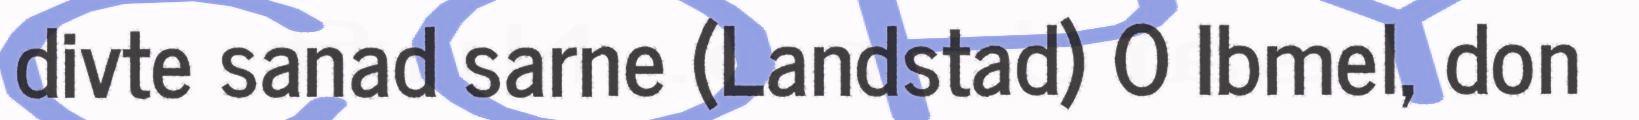
divte sanad sarne (Landstad) O Ibmel, don